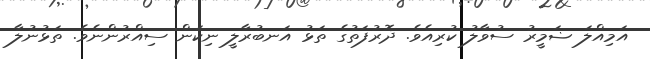
އަމިއްލަ ޟަމީރު ސުވާލު ކުރިއެވެ. ދޮރުފަތުގެ ތަޅު އަނބުރާލީ ނިކަން ސިއްރުންނެވެ. ތަޅުނުލާ